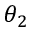
\theta _ { 2 }